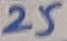
Text: 25